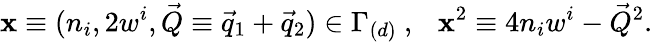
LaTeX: {\mathbf x}\equiv(n_{i},2w^{i},\vec{Q}\equiv\vec{q}_{1}+\vec{q}_{2})\in\Gamma_{(d)}~,~~~{\mathbf x}^{2}\equiv 4n_{i}w^{i}-\vec{Q}^{2}.